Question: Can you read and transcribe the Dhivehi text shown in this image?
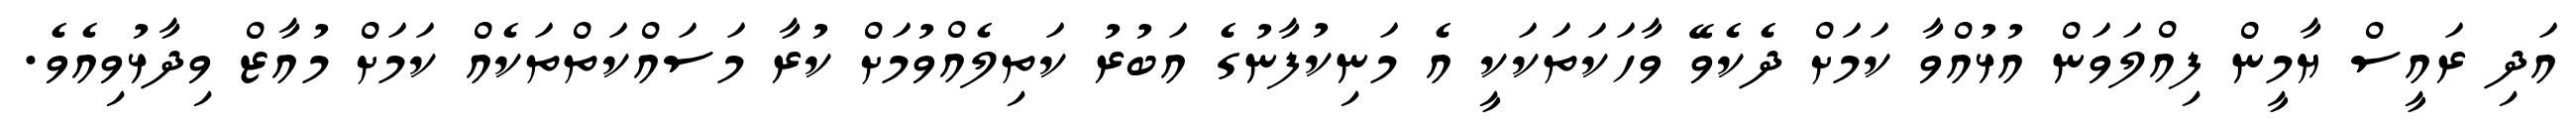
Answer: އަދި ރައީސް ޔާމީން ފިއްލަވަން އުޅުއްވާ ކަމަށް ދެކެވޭ ވާހަކަތަކަކީ އެ މަނިކުފާނުގެ އަބުރު ކަތިލެއްވުމަށް ކުރާ މަސައްކަތްތަކެއް ކަމަށް މުއާޒް ވިދާޅުވިއެވެ.